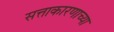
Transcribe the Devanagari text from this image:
सत्ताकारणाच्या